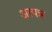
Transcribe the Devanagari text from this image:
अत्पन्न